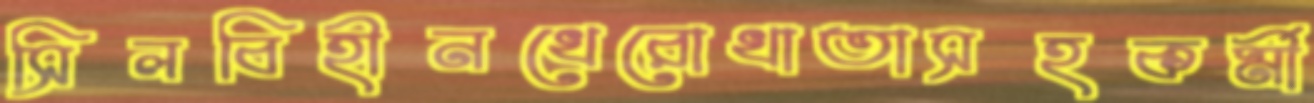
সিলবিহীনখেরোখাতাসহকর্মী